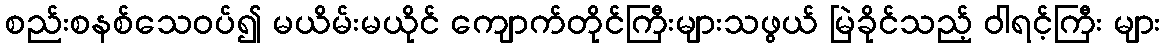
စည်းစနစ်သေဝပ်၍ မယိမ်းမယိုင် ကျောက်တိုင်ကြီးများသဖွယ် မြဲခိုင်သည့် ဝါရင့်ကြီး များ